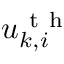
u _ { k , i } ^ { \mathrm { ~ t ~ h ~ } }